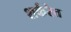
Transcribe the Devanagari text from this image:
शर्करेत